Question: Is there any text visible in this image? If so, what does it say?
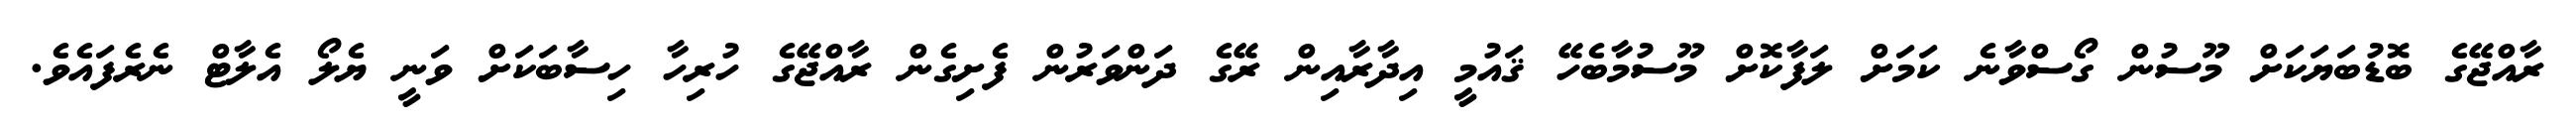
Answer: ރާއްޖޭގެ ބޮޑުބަޔަކަށް މޫސުން ގޯސްވާނެ ކަމަށް ލަފާކޮށް މޫސުމާބެހޭ ޤައުމީ އިދާރާއިން ރޭގެ ދަންވަރުން ފެށިގެން ރާއްޖޭގެ ހުރިހާ ހިސާބަކަށް ވަނީ ޔެލޯ އެލާޓް ނެރެފައެވެ.